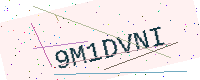
Text: 9M1DVNI